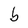
Character: b